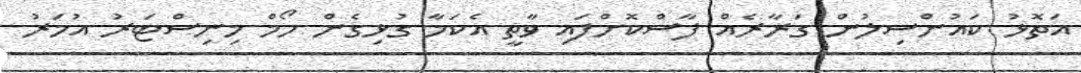
އަތޮޅު ކައުންސިލުން ގަރާރެއް ފާސްކޮށްފައި ވާތީ އެކަމާ ގުޅިގެން ހޯމް މިނިސްޓަރު އުމަރު